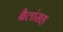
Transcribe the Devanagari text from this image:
बैलांसह